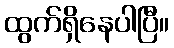
ထွက်ရှိနေပါပြီ။